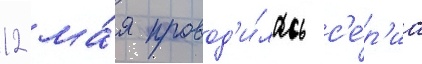
12 ма́я провод'и́лась с'е́р'иа